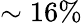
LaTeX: \sim 16\%